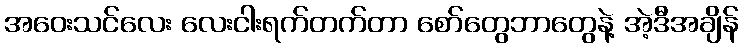
အဝေးသင်လေး လေးငါးရက်တက်တာ စော်တွေဘာတွေနဲ့ အဲ့ဒီအချိန်